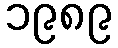
၁၉၈၉